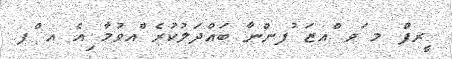
ީރފްު މ ަވ ްއޒަ ުފންނާ ބައްދަލުކުރެ ްއވުމާ ިއެ އ ްފ